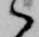
々